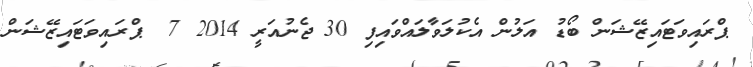
ޕްރައިވަޓައިޒޭޝަން ބޯޑު އަލުން އެކުލަވާލައްވައިފި 30 ޖެނުއަރީ 2014 7  ޕްރައިވަޓައިޒޭޝަން